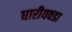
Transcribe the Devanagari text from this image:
घारीयवडा